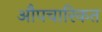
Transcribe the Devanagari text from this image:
औपचारिकत